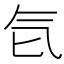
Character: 𰚻